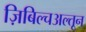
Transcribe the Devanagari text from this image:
ज़िबिल्चअल्तून